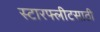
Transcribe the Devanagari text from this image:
स्टारफ्लीटसाठी